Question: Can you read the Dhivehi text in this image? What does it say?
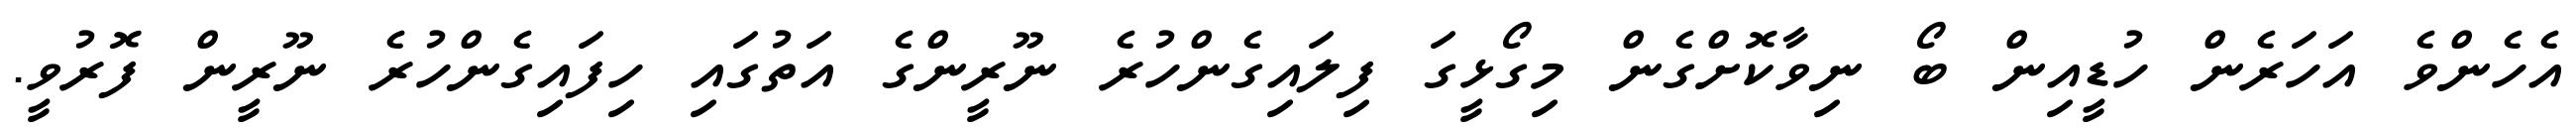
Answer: އެހެންވެ އަހަރެން ހުޑީއިން ބޯ ނިވާކޮށްގެން މިގޯޅީގަ ފިލައިގެންހުރެ ނޫރީންގެ އަތުގައި ހިފައިގެންހުރެ ނޫރީން ފޮރުވީ.